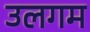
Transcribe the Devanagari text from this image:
उलगम